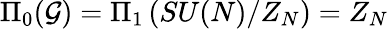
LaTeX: \Pi_{0}({\cal G})=\Pi_{1}\left(SU(N)/Z_{N}\right)=Z_{N}